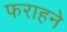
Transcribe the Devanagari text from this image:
फराहने